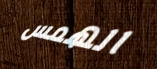
الهمس